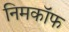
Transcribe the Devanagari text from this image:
निमकॉफ